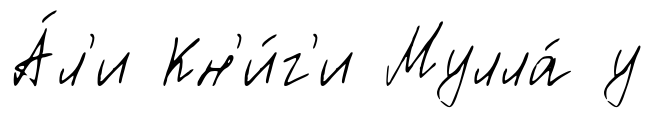
А́л'и Кн'и́г'и Мулла́ у